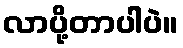
လာပို့တာပါပဲ။